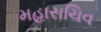
મહાસચિવ